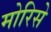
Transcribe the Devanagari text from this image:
मोरिसे